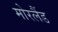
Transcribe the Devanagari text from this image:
मोरलैंड